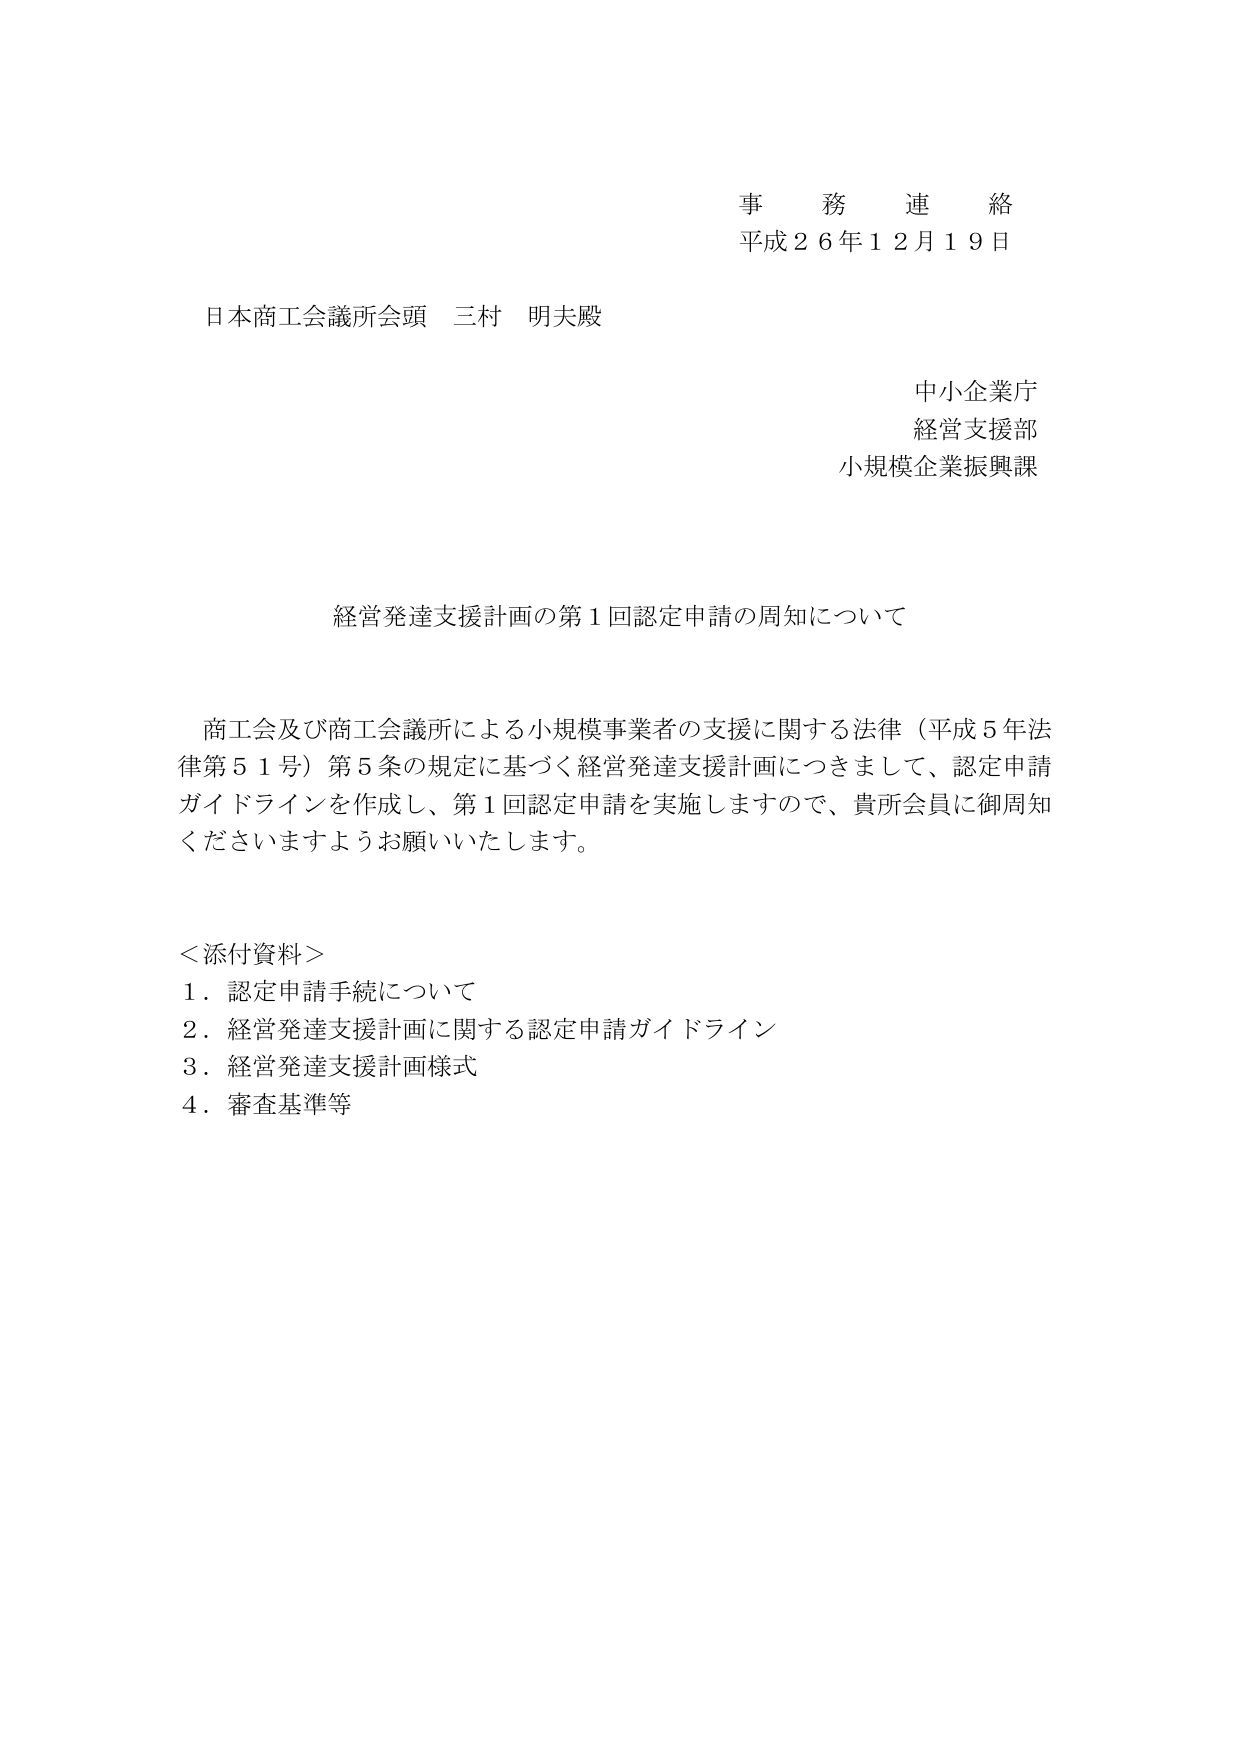
事務連絡
平成２６年１２月１９日

日本商工会議所会頭 三村 明夫殿

中小企業庁
経営支援部
小規模企業振興課

経営発達支援計画の第１回認定申請の周知について

商工会及び商工会議所による小規模事業者の支援に関する法律（平成５年法律第５１号）第５条の規定に基づく経営発達支援計画につきまして、認定申請ガイドラインを作成し、第１回認定申請を実施しますので、貴所会員に御周知くださいますようお願いいたします。

＜添付資料＞
１．認定申請手続について
２．経営発達支援計画に関する認定申請ガイドライン
３．経営発達支援計画様式
４．審査基準等